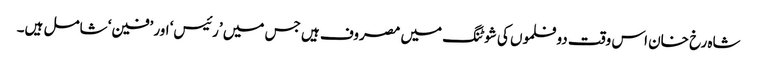
شاہ رخ خان اس وقت دو فلموں کی شوٹنگ میں مصروف ہیں جس میں ’رئیس‘ اور ’فین‘ شامل ہیں۔